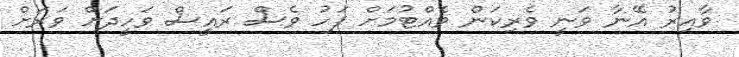
ވާއިރު އޭނާ ވަނީ ވެރިކަން ވެއްޓުމަށް ފަހު ވެސް ރައީސް ވަހީދަށް ވަރަށް